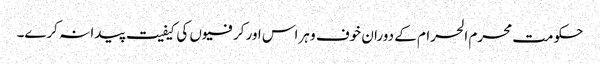
حکومت محرم الحرام کے دوران خوف و ہراس اور کرفیوں کی کیفیت پیدا نہ کرے۔